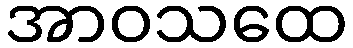
အာဝသထေ